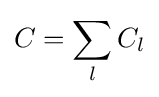
C=\sum _{l}C_{l}